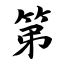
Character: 第